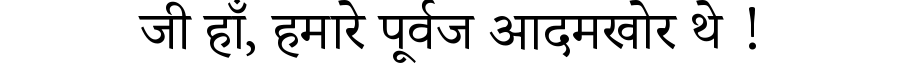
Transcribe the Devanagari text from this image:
जी हाँ, हमारे पूर्वज आदमखोर थे !